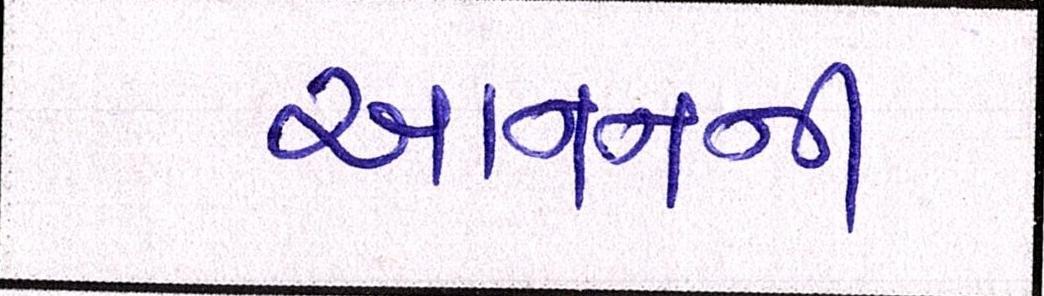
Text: આનનની